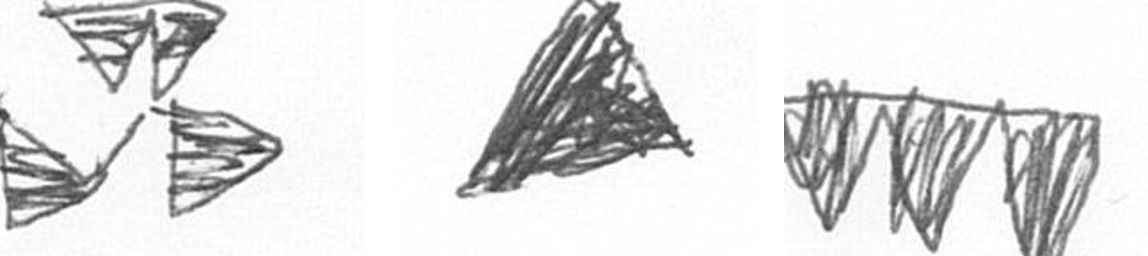
B O L